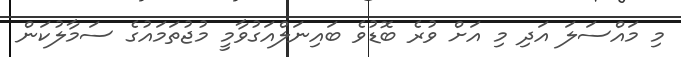
މި މައްސަލަ އަދި މި އަށް ވުރެ ބޮޑުވެ ބައިނަލްއަގުވާމީ މުޖުތަމައުގެ ސަމާލުކަން